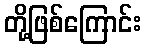
တို့ဖြစ်ကြောင်း